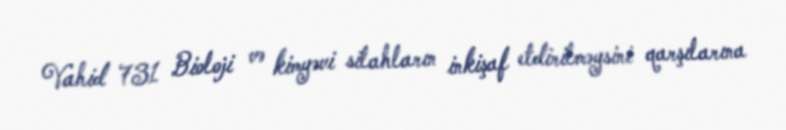
Vahid 731 Bioloji və kimyəvi silahların inkişaf etdirilməysini qarşılarına